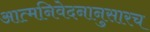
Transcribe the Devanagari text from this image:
आत्मनिवेदनानुसारच